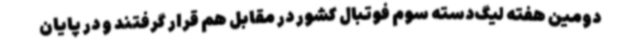
دومین هفته لیگ‌دسته سوم فوتبال کشور در مقابل هم قرار گرفتند و در پایان